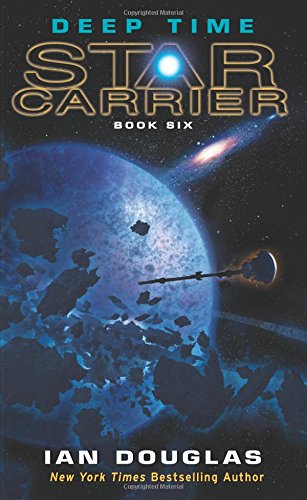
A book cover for Deep Time: Star Carrier: Book Six; Ian Douglas; Science Fiction & Fantasy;